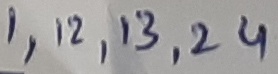
Text: 1,12,13,24